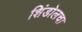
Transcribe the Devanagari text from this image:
शिंडोलचा